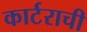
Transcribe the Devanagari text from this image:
कार्टराची